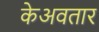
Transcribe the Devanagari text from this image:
केअवतार